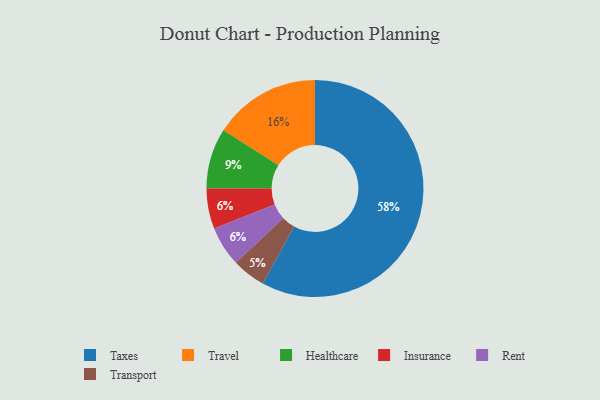
{"axis": {"x": "Category", "y": "Percentage"}, "legend": ["Healthcare", "Insurance", "Rent", "Taxes", "Transport", "Travel"], "data": [{"x": "Transport", "y": 5, "type": "Transport"}, {"x": "Insurance", "y": 6, "type": "Insurance"}, {"x": "Taxes", "y": 58, "type": "Taxes"}, {"x": "Rent", "y": 6, "type": "Rent"}, {"x": "Healthcare", "y": 9, "type": "Healthcare"}, {"x": "Travel", "y": 16, "type": "Travel"}]}